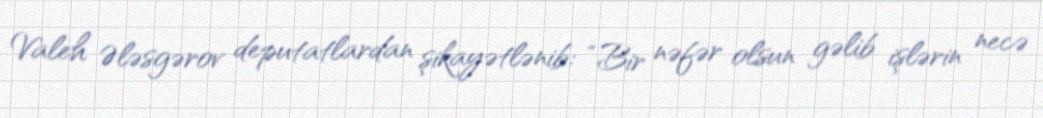
Valeh Ələsgərov deputatlardan şikayətlənib: “Bir nəfər olsun gəlib işlərin necə